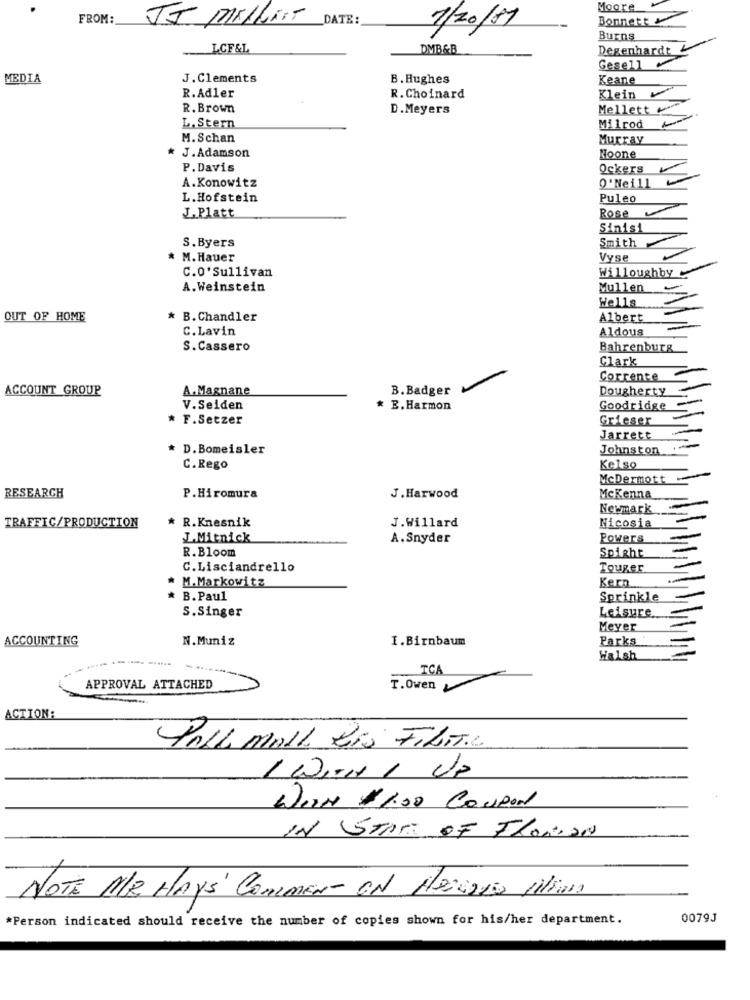
Moore
FROM:
JJ MILLET DATE:
Bonnett&
7/20/57
Burns
LCF&L
DMB&B
Degenhardt
Gesell
MEDIA
J. Clements
B. Hughes
Keane
R. Adler
R. Choinard
Klein
R. Brown
D.Meyers
Mellett
L. Stern
Milrod
M. Schan
Murray
Noone
* J.Adamson
P. Davis
Ockers
A.Konowitz
O'Neill
L. Hofstein
Puleo
J.Platt
Rose
Sinisi
S. Byers
Smith
* M. Hauer
Vyse
C.O'Sullivan
Willoughby
A.Weinstein
Mullen
Wells
OUT OF HOME
B. Chandler
Albert
C.Lavin
Aldous
S. Cassero
Bahrenburg
Clark
Corrente
ACCOUNT_GROUP
A.Magnane
B. Badger
Dougherty
V.Seiden
* E.Harmon
Goodridge
* F.Setzer
Grieser
Jarrett
* D.Bomeisler
Johnston
C.Rego
Kelso
McDermott
RESEARCH
P. Hiromura
J. Harwood
McKenna
Newmark
TRAFFIC/PRODUCTION
* R.Knesnik
J.Willard
Nicosia
J.Mitnick
A.Snyder
Powers
R.Bloom
Spight
C.Lisciandrello
Touger
M.Markowitz
Kern
B. Paul
Sprinkle
S.Singer
Leisure
Meyer
ACCOUNTING
N.Muniz
I.Birnbaum
Parks
Walsh
TCA
APPROVAL ATTACHED
T.Owen
ACTION:
PALL MALL Lio FILITIL
1 WITH 1 UP
DerNe # 1.00 COUPON
IN STAR of Florian
NOTE ME HAYS' COMMENT ON Nesiano Milions
*Person indicated should receive the number of copies shown for his/her department.
0079J